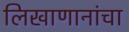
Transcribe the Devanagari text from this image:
लिखाणानांचा